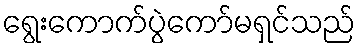
ရွေးကောက်ပွဲကော်မရှင်သည်